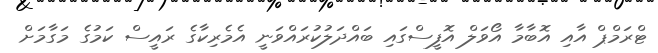
ޓްރަމްޕް އާއި އޮބާމާ އޯވަލް އޮފީސްގައި ބައްދަލުކުރައްވަނީ އެމެރިކާގެ ރައީސް ކަމުގެ މަގާމަށް